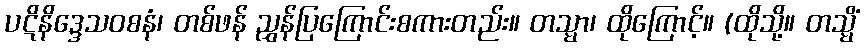
ပဋိနိဒ္ဒေသဝစနံ၊ တစ်ဖန် ညွှန်ပြကြောင်းစကားတည်း။ တသ္မာ၊ ထိုကြောင့်။ (ထိုသို့။ တသ္မိံ